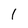
Character: 1